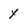
Character: y